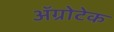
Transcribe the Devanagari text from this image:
अॅग्रोटेक